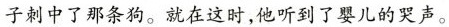
子刺中了那条狗。就在这时，他听到了婴儿的哭声。